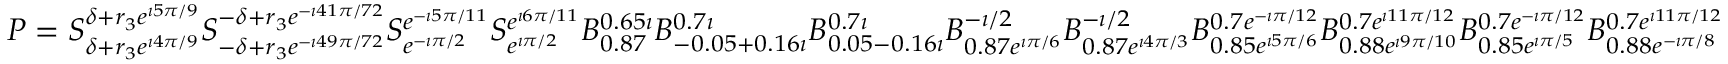
P = S _ { \delta + r _ { 3 } e ^ { \imath 4 \pi / 9 } } ^ { \delta + r _ { 3 } e ^ { \imath 5 \pi / 9 } } \allowbreak S _ { - \delta + r _ { 3 } e ^ { - \imath 4 9 \pi / 7 2 } } ^ { - \delta + r _ { 3 } e ^ { - \imath 4 1 \pi / 7 2 } } \allowbreak S _ { e ^ { - \imath \pi / 2 } } ^ { e ^ { - \imath 5 \pi / 1 1 } } \allowbreak S _ { e ^ { \imath \pi / 2 } } ^ { e ^ { \imath 6 \pi / 1 1 } } \allowbreak B _ { 0 . 8 7 } ^ { 0 . 6 5 \imath } \allowbreak B _ { - 0 . 0 5 + 0 . 1 6 \imath } ^ { 0 . 7 \imath } \allowbreak B _ { 0 . 0 5 - 0 . 1 6 \imath } ^ { 0 . 7 \imath } \allowbreak B _ { 0 . 8 7 e ^ { \imath \pi / 6 } } ^ { - \imath / 2 } \allowbreak B _ { 0 . 8 7 e ^ { \imath 4 \pi / 3 } } ^ { - \imath / 2 } \allowbreak B _ { 0 . 8 5 e ^ { \imath 5 \pi / 6 } } ^ { 0 . 7 e ^ { - \imath \pi / 1 2 } } \allowbreak B _ { 0 . 8 8 e ^ { \imath 9 \pi / 1 0 } } ^ { 0 . 7 e ^ { \imath 1 1 \pi / 1 2 } } \allowbreak B _ { 0 . 8 5 e ^ { \imath \pi / 5 } } ^ { 0 . 7 e ^ { - \imath \pi / 1 2 } } \allowbreak B _ { 0 . 8 8 e ^ { - \imath \pi / 8 } } ^ { 0 . 7 e ^ { \imath 1 1 \pi / 1 2 } }